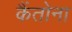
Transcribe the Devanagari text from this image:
कैंतोना